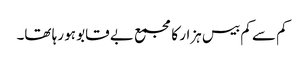
کم سے کم بیس ہزار کا مجمع بے قابو ہو رہا تھا۔